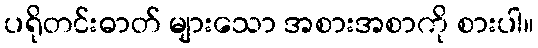
ပရိုတင်းဓာတ် များသော အစားအစာကို စားပါ။